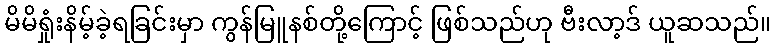
မိမိရှုံးနိမ့်ခဲ့ရခြင်းမှာ ကွန်မြူနစ်တို့ကြောင့် ဖြစ်သည်ဟု ဗီးလာ့ဒ် ယူဆသည်။